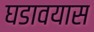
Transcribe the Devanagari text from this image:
घडावयास